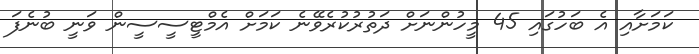
ކަމަށާއި އެ ބަހުގައި 45 މީހުންނަށް ދަތުރުކުރެވޭނެ ކަމަށް އެމްޓީސީސީން ވަނީ ބުނެފަ